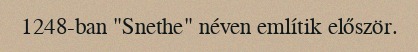
1248-ban "Snethe" néven említik először.